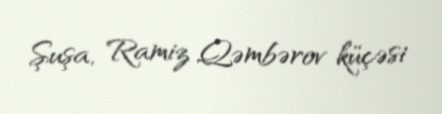
Şuşa, Ramiz Qəmbərov küçəsi